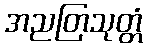
အညတြသုတ္တံ